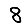
Digit: 8